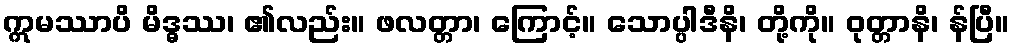
ဣမဿာပိ မိဒ္ဓဿ၊ ၏လည်း။ ဖလတ္တာ၊ ကြောင့်။ သောပ္ပါဒီနိ၊ တို့ကို။ ဝုတ္တာနိ၊ န်ပြီ။